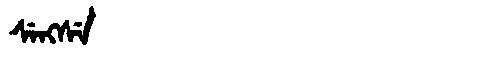
Manchu: ᠰᡝᠩᠰᡝ
Romanization: SENGSE